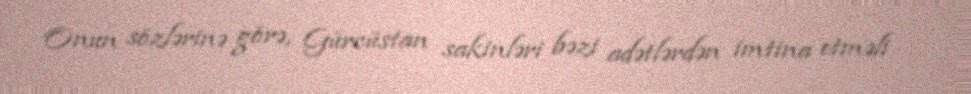
Onun sözlərinə görə, Gürcüstan sakinləri bəzi adətlərdən imtina etməli